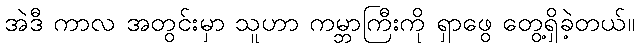
အဲဒီ ကာလ အတွင်းမှာ သူဟာ ကမ္ဘာကြီးကို ရှာဖွေ တွေ့ရှိခဲ့တယ်။